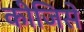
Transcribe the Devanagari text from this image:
कीजिसे